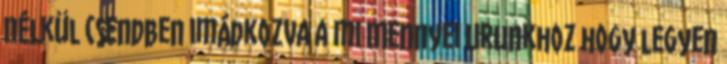
nélkül csendben imádkozva a mi Mennyei Urunkhoz hogy legyen